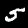
Label: 5